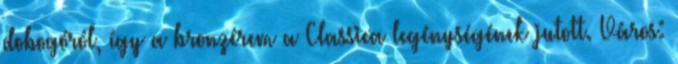
dobogóról, így a bronzérem a Classica legénységének jutott. Város: